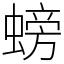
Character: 螃